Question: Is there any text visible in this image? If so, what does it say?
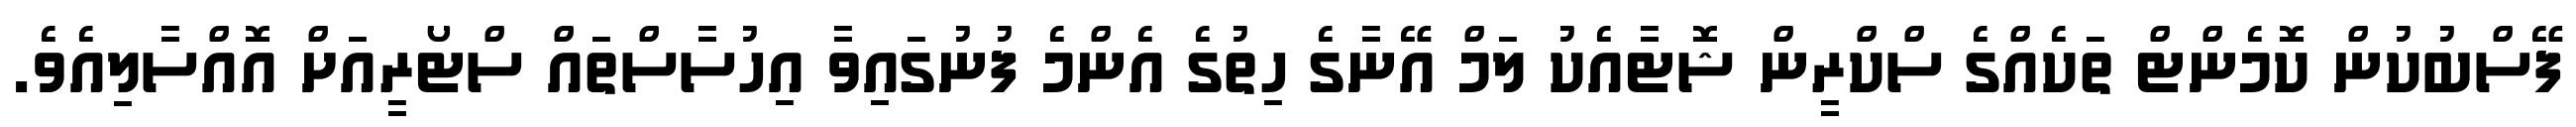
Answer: ފޭސްބުކުން ކޮމެންޓް ތަކެއްގެ ސްކްރީން ޝޮޓާއެކު ލަމް އޭނާގެ ހިތުގެ އެންމެ ފުނުގައިވާ އިހުސާސްތައް ސްޓޯރީއަށް އޮއްސާލިއެވެ.